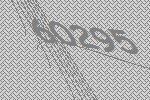
60295